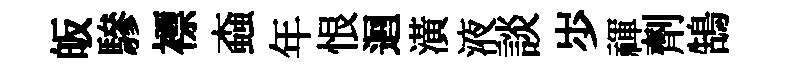
皈驂褾螙年恨迴潢液談𡵯禈劑鵠